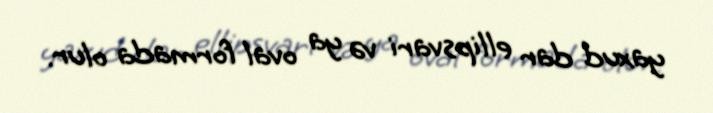
yaxud dar ellipsvari və ya oval formada olur.